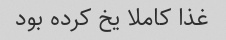
غذا کاملا یخ کرده بود